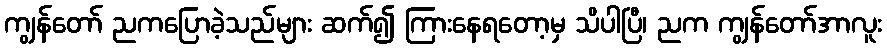
ကျွန်တော် ညကပြောခဲ့သည်များ ဆက်၍ ကြားနေရတော့မှ သိပါပြီ၊ ညက ကျွန်တော်အာလူး